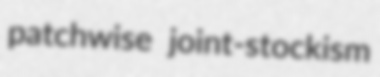
patchwise joint-stockism